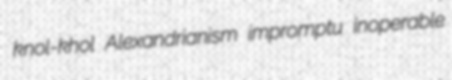
knol-khol Alexandrianism impromptu inoperable